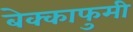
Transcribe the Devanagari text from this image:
बेक्काफुमी